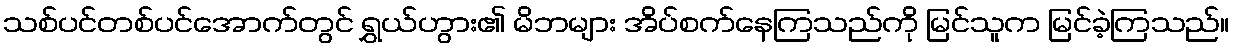
သစ်ပင်တစ်ပင်အောက်တွင် ရွှယ်ဟွား၏ မိဘများ အိပ်စက်နေကြသည်ကို မြင်သူက မြင်ခဲ့ကြသည်။